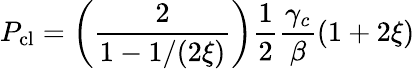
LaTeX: P_{\mathrm{cl}}=\left(\frac{2}{1-1/(2\xi)}\right)\frac{1}{2}\frac{\gamma_{c}}{\beta}(1+2\xi)